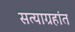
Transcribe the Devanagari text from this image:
सत्याग्रहांत